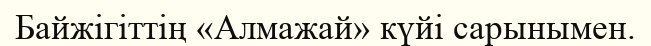
Байжігіттің «Алмажай» күйі сарынымен.